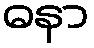
ဓနာ